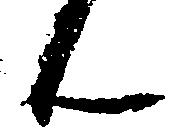
ん